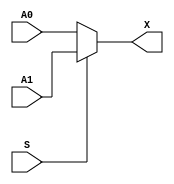
module sky130_fd_sc_hdll__clkmux2_1 (
    output X,
    input A0,
    input A1,
    input S,
    `ifdef USE_POWER_PINS
        inout VPWR,
        inout VGND,
        inout VPB,
        inout VNB
    `endif
);

    assign X = S ? A1 : A0;

endmodule